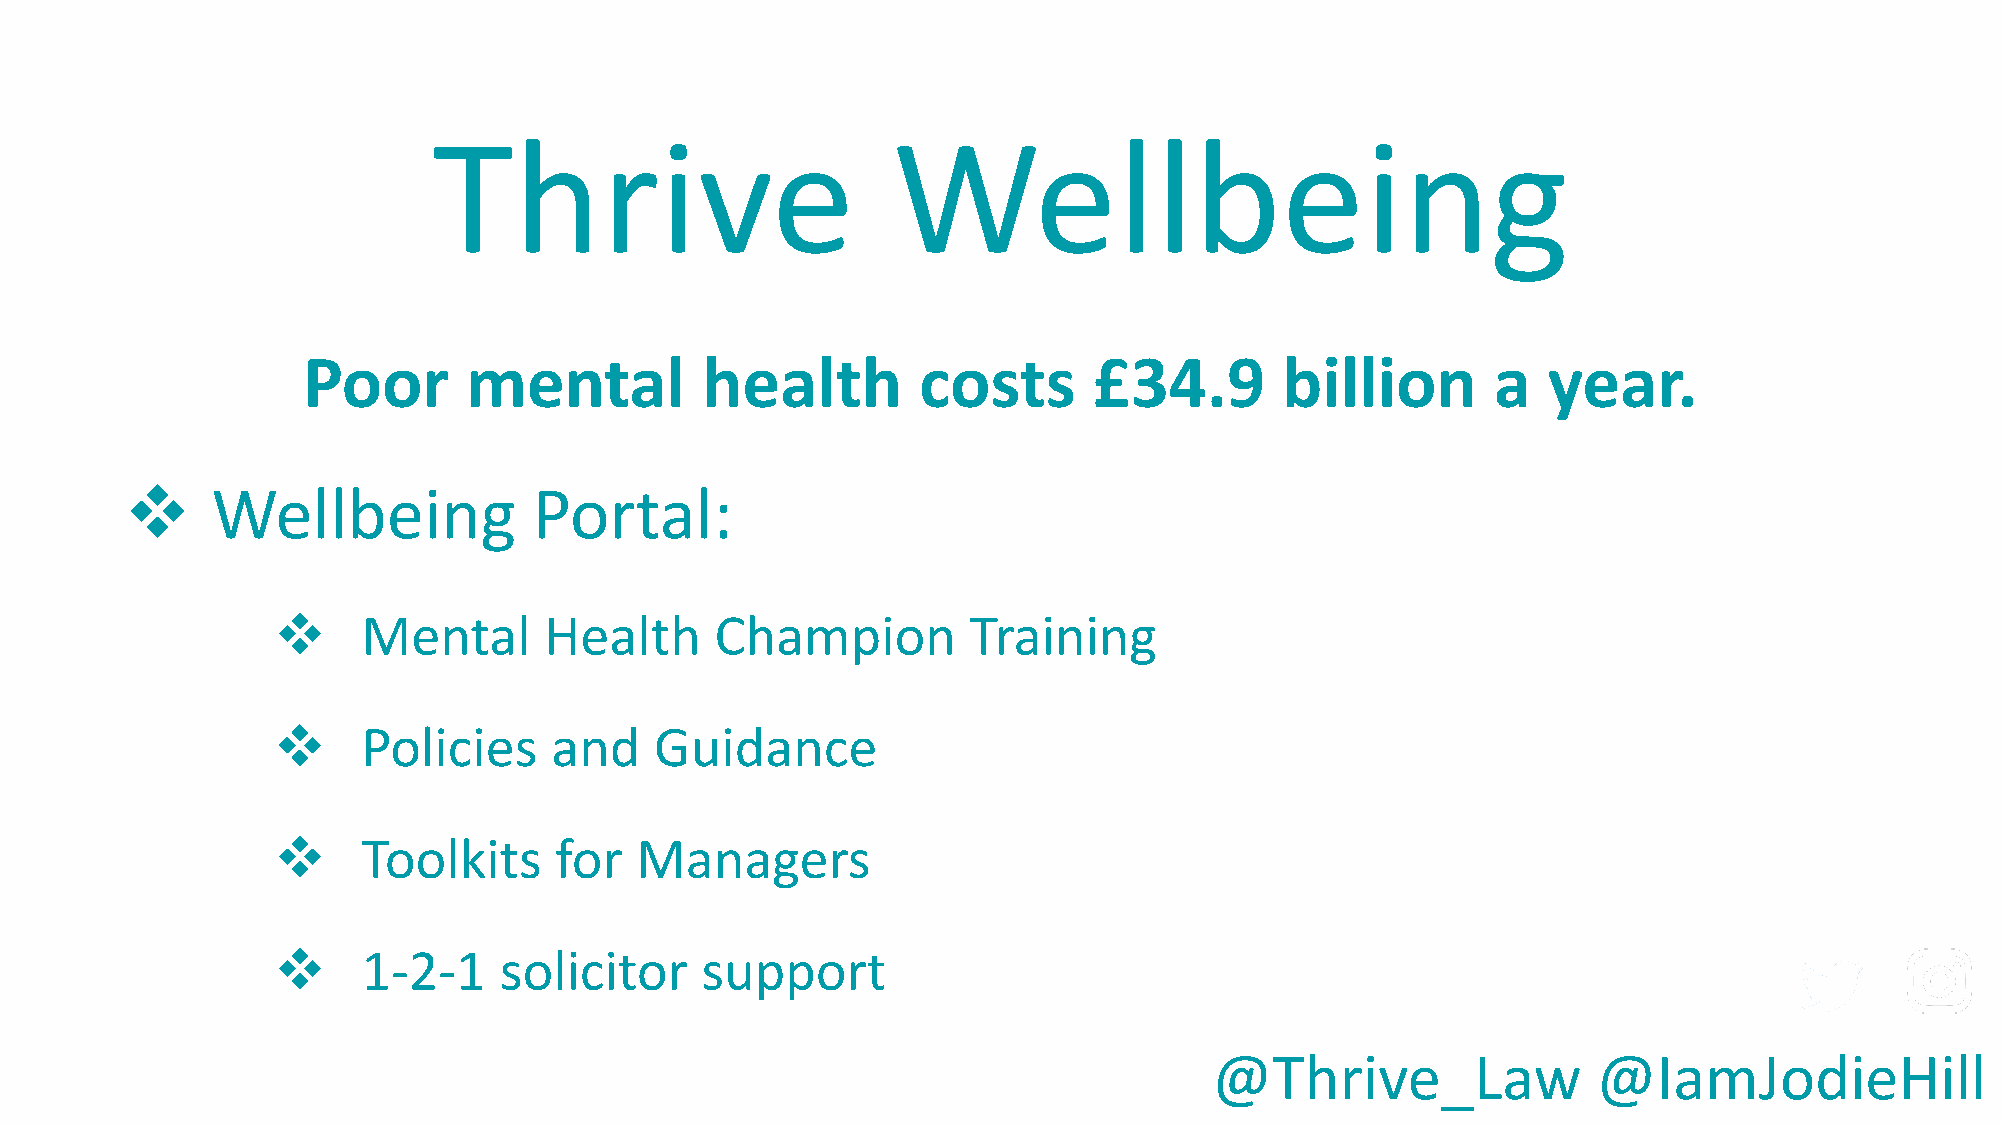
Thrive                        Wellbeing
 Poor       mental         health         costs      £34.9        billion       a  year.
 ❖     Wellbeing            Portal:
 ❖     Mental      Health     Champion         Training
 ❖     Policies    and    Guidance
 ❖     Toolkits     for  Managers
 ❖     1-2-1    solicitor    support
 @Thrive_Law               @IamJodieHill